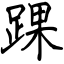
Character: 踝